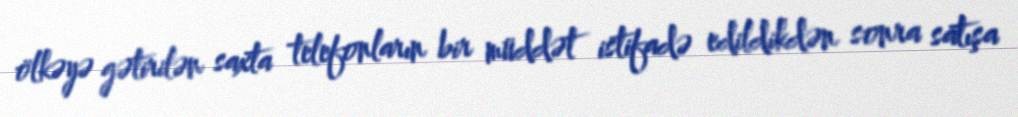
ölkəyə gətirilən saxta telefonların bir müddət istifadə edildikdən sonra satışa